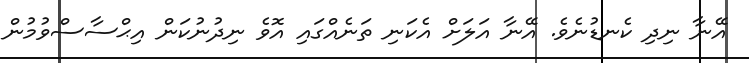
އޭނާ ނިދި ކެނޑުނެވެ. އޭނާ އަލަށް އެކަނި ތަނެއްގައި އޮވެ ނިދުނުކަން އިޙްސާސްވުމުން